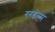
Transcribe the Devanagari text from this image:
गरडेल्स